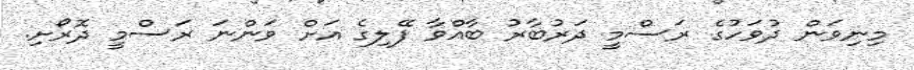
މިނިވަން ދުވަހުގެ ރަސްމީ ދަރުބާރު ބާއްވާ ފޭލިގެ އަށް ވަންނަ ރަސްމީ ދޮރޯށި.